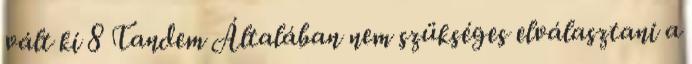
vált ki 8 Tandem Általában nem szükséges elválasztani a